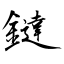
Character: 鐽